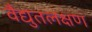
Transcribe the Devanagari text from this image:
वैद्युतलक्षण